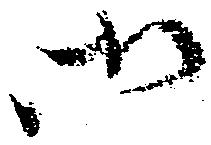
御